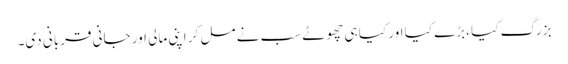
بزرگ کیا ،بڑے کیا اور کیا ہی چھوٹے سب نے مل کر اپنی مالی اور جانی قربانی دی۔